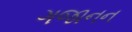
ગજાનન